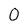
Character: 0